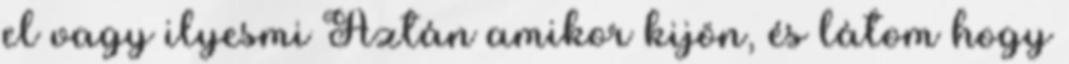
el vagy ilyesmi Aztán amikor kijön, és látom hogy